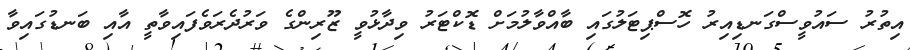
އިތުރު ސައުވީސްގަނޑިއިރު ހޮސްޕިޓަލުގައި ބާއްވާލުމަށް ޑޮކްޓަރު ވިދާޅުވީ ޒޫރިންގެ ވަރުދެރަވެފައިވާތީ އާއި ބަނޑުގައިވާ